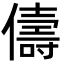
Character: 儔